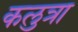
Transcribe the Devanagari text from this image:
कलुत्रा